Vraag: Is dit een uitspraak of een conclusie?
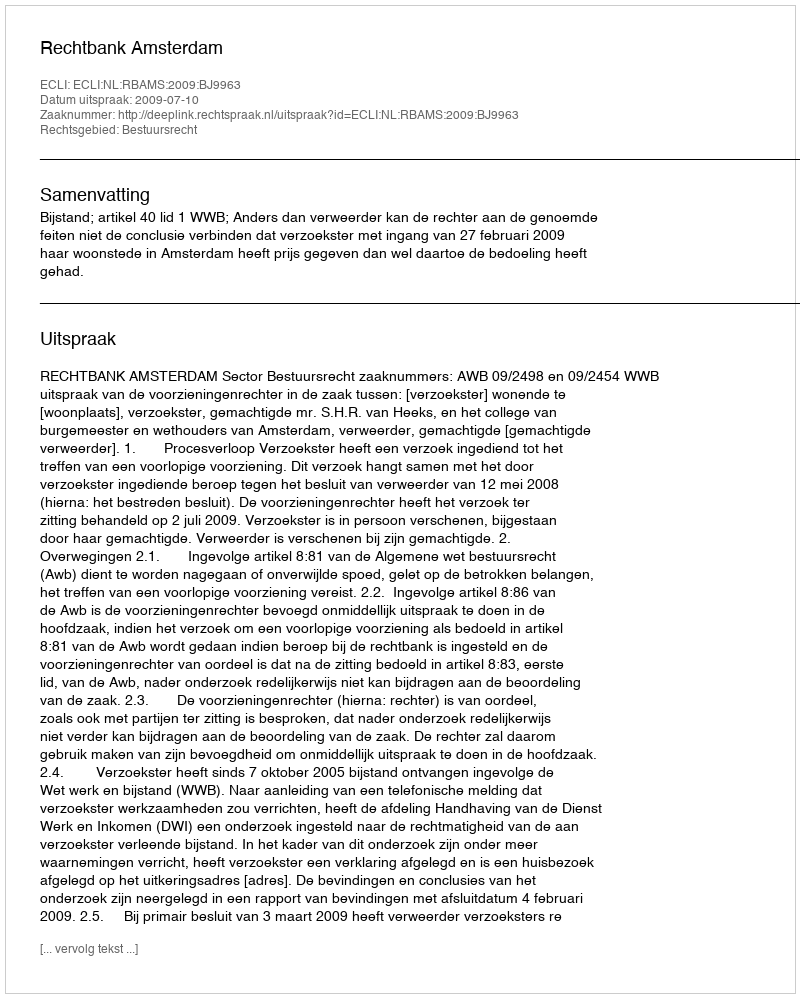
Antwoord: Uitspraak